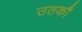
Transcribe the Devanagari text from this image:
उतकौ